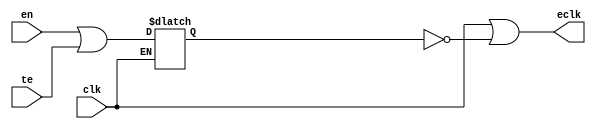
// This program was cloned from: https://github.com/aolofsson/oh
// License: MIT License

//#############################################################################
//# Function: Integrated "Or" Clock Gating Cell                               #
//# Copyright: OH Project Authors. ALl rights Reserved.                       #
//# License:  MIT (see LICENSE file in OH repository)                         #
//#############################################################################

module asic_clkicgor #(parameter PROP = "DEFAULT")  (
   input  clk,// clock input
   input  te, // test enable
   input  en, // enable
   output eclk  // enabled clock output
   );

   reg 	  en_stable;

   always @ (clk or en or te)
     if (clk)
       en_stable <= en | te;

   assign eclk =  clk | ~en_stable;

endmodule